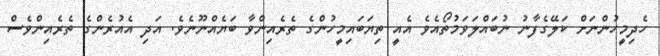
ހެދިމީހުންނަށް ކަލޭގެފާނު ނުބައްލަވަމުތޯއެވެ އެއީ ތިޔަބައިމީހުންގެެ ތެރެއިންވާ ބަޔެއްނޫނެވެ. އަދި އެއުރެންގެ ތެރެއިންވެސް